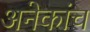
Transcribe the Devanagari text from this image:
अनेकांच